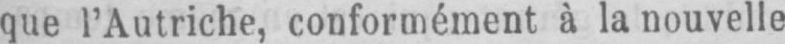
que l’Autriche, conformément à la nouvelle